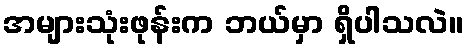
အများသုံးဖုန်းက ဘယ်မှာ ရှိပါသလဲ။